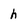
Character: h